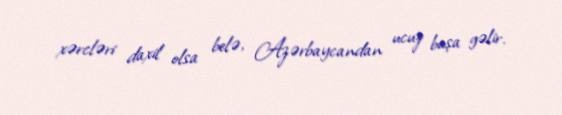
xərcləri daxil olsa belə, Azərbaycandan ucuz başa gəlir.